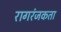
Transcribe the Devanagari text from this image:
रागरंजकता